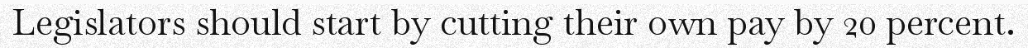
Legislators should start by cutting their own pay by 20 percent.